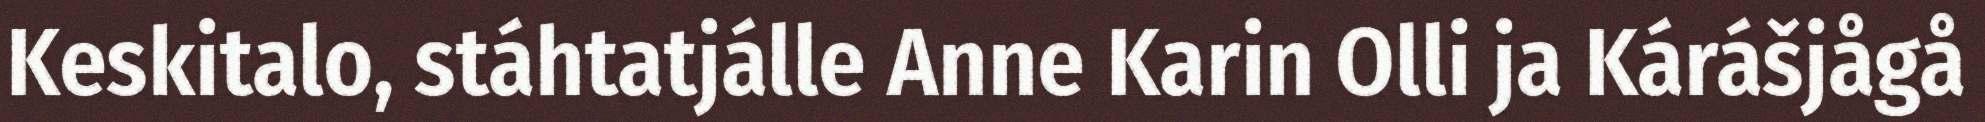
Keskitalo, stáhtatjálle Anne Karin Olli ja Kárášjågå